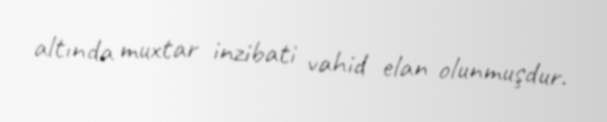
altında muxtar inzibati vahid elan olunmuşdur.